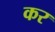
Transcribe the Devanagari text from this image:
कर